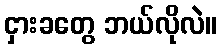
ငှားခတွေ ဘယ်လိုလဲ။